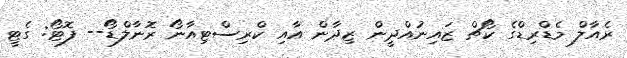
ރެއާލް މެޑްރިޑްގެ ކޯޗް ޒައިނުއްދީން ޒިދާން އާއި ކްރިސްޓިއާނޯ ރޮނާލްޑޯ-- ފޮޓޯ: ގެޓީ